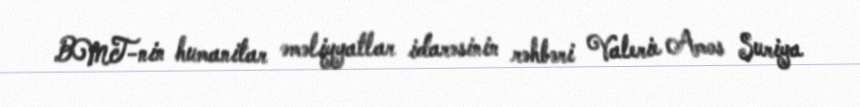
BMT-nin humanitar əməliyyatlar idarəsinin rəhbəri Valerie Amos Suriya